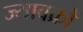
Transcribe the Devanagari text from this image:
ज्यावक्रों